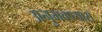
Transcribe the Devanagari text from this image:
अनुभवण्यास